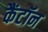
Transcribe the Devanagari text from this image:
कैंटॉन